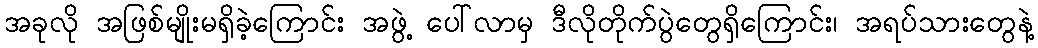
အခုလို အဖြစ်မျိုးမရှိခဲ့ကြောင်း အဖွဲ့ ပေါ်လာမှ ဒီလိုတိုက်ပွဲတွေရှိကြောင်း၊ အရပ်သားတွေနဲ့